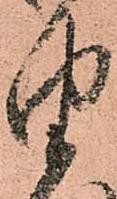
由